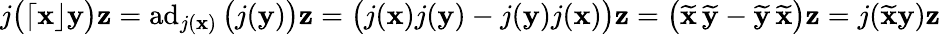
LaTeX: j\big(\lceil\mathbf x\rfloor\mathbf y\big)\mathbf z=\operatorname{ad}_{j(\mathbf x)}\big(j(\mathbf y)\big)\mathbf z=\big(j(\mathbf x)j(\mathbf y)-j(\mathbf y)j(\mathbf x)\big)\mathbf z=\big(\widetilde{\mathbf x}\, \widetilde{\mathbf y}-\widetilde{\mathbf y}\, \widetilde{\mathbf x}\big)\mathbf z=j(\widetilde{\mathbf x}\mathbf y)\mathbf z